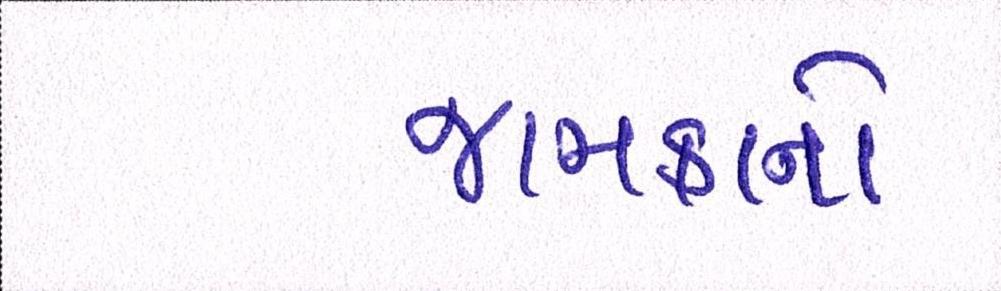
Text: જામકાનો